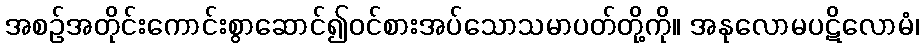
အစဉ်အတိုင်းကောင်းစွာဆောင်၍ဝင်စားအပ်သောသမာပတ်တို့ကို။ အနုလောမပဋိလောမံ၊